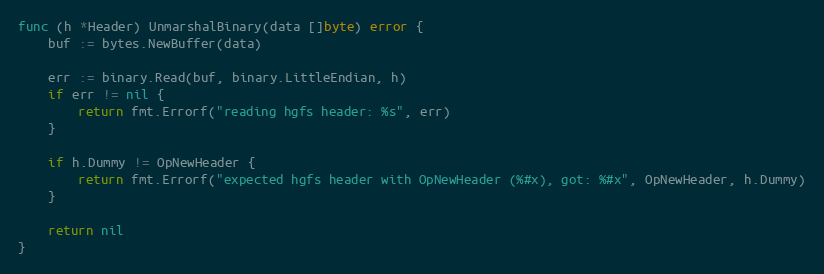
Language: Go
func (h *Header) UnmarshalBinary(data []byte) error {
	buf := bytes.NewBuffer(data)

	err := binary.Read(buf, binary.LittleEndian, h)
	if err != nil {
		return fmt.Errorf("reading hgfs header: %s", err)
	}

	if h.Dummy != OpNewHeader {
		return fmt.Errorf("expected hgfs header with OpNewHeader (%#x), got: %#x", OpNewHeader, h.Dummy)
	}

	return nil
}